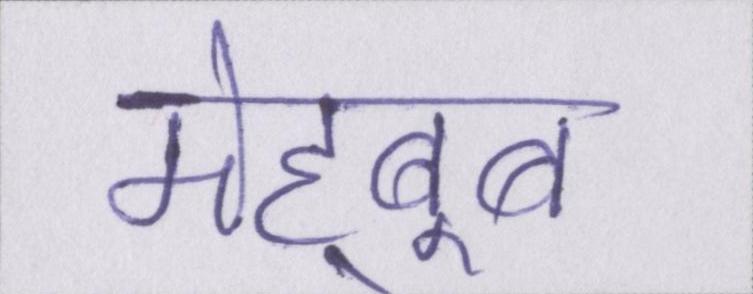
मेह्बूब